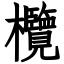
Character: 欖